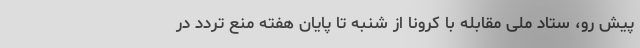
پیش رو، ستاد ملی مقابله با کرونا از شنبه تا پایان هفته منع تردد در